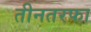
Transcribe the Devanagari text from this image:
तीनतरफा